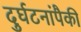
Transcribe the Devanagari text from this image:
दुर्घटनांपैकी